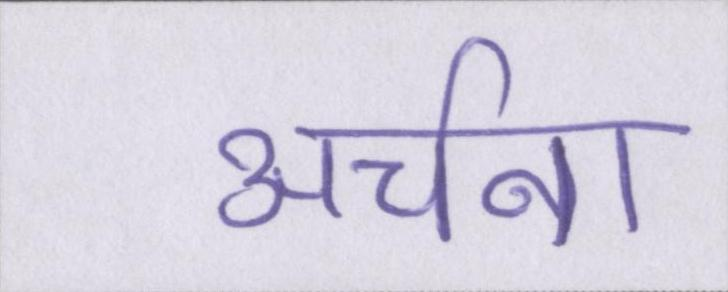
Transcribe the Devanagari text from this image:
अर्चना